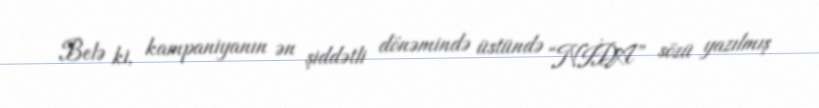
Belə ki, kampaniyanın ən şiddətli dönəmində üstündə “NİDA” sözü yazılmış